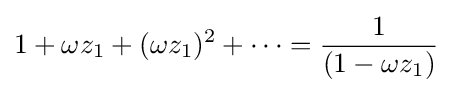
1+\omega z_{1}+(\omega z_{1})^{2}+\cdots ={\frac {1}{(1-\omega z_{1})}}